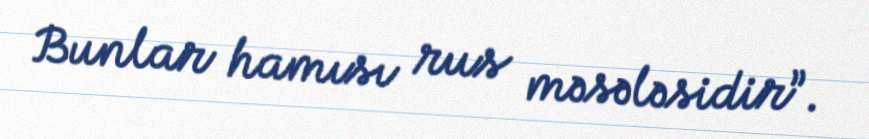
Bunlar hamısı rus məsələsidir”.